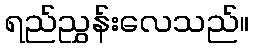
ရည်ညွှန်းလေသည်။